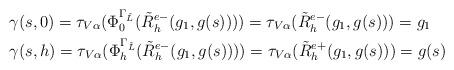
LaTeX: \begin{align*}&&&\gamma (s,0)=\tau_{V\alpha}(\Phi _0^{\Gamma_{\tilde{L}}}(\tilde{R}_h^{e-}(g_1, g(s))))=\tau_{V\alpha}(\tilde{R}_h^{e-}(g_1,g(s)))=g_1\\&&&\gamma (s,h)=\tau_{V\alpha}(\Phi _h^{\Gamma_{\tilde{L}}}(\tilde{R}_h^{e-}(g_1, g(s))))=\tau_{V\alpha}(\tilde{R}_h^{e+}(g_1,g(s)))=g(s)\end{align*}